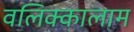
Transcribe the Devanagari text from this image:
वलिक्कालाम